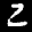
Label: 2